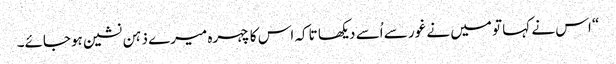
“ اس نے کہا تو میں نے غور سے اُسے دیکھا تاکہ اس کا چہرہ میرے ذہن نشین ہوجائے۔